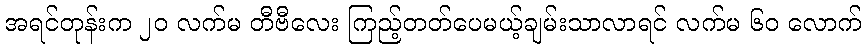
အရင်တုန်းက ၂၀ လက်မ တီဗီလေး ကြည့်တတ်ပေမယ့်ချမ်းသာလာရင် လက်မ ၆၀ လောက်